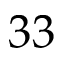
3 3